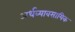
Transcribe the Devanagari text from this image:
अर्धव्यावसायिक